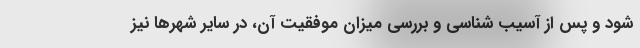
شود و پس از آسیب شناسی و بررسی میزان موفقیت آن، در سایر شهرها نیز